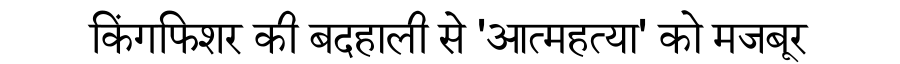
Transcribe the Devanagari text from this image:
किंगफिशर की बदहाली से 'आत्महत्या' को मजबूर